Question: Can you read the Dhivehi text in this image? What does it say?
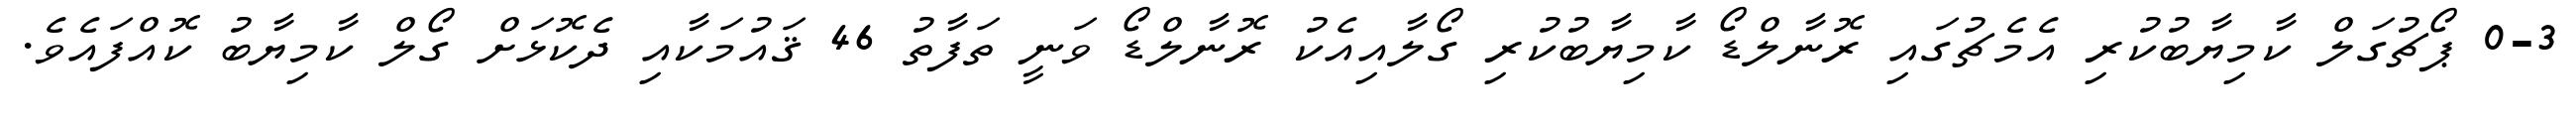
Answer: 0-3 ޕޯޗުގަލް ކާމިޔާބުކުރި އެމެޗުގައި ރޮނާލްޑޯ ކާމިޔާބުކުރި ގޯލާއިއެކު ރޮނާލްޑޯ ވަނީ ތަފާތު 46 ޤައުމަކާއި ދެކޮޅަށް ގޯލް ކާމިޔާބު ކޮއްފައެވެ.